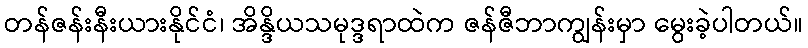
တန်ဇန်းနီးယားနိုင်ငံ၊ အိန္ဒိယသမုဒ္ဒရာထဲက ဇန်ဇီဘာကျွန်းမှာ မွေးခဲ့ပါတယ်။